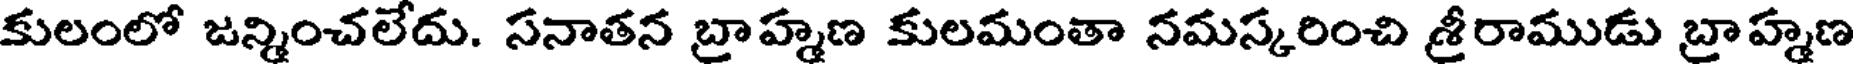
కులంలో జన్మించలేదు. సనాతన బ్రాహ్మణ కులమంతా నమస్కరించి శ్రీరాముడు బ్రాహ్మణ